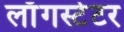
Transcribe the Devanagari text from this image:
लाँगस्टेटर